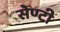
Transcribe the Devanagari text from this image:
सेण्टी